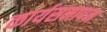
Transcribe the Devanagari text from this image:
कार्यसमापन